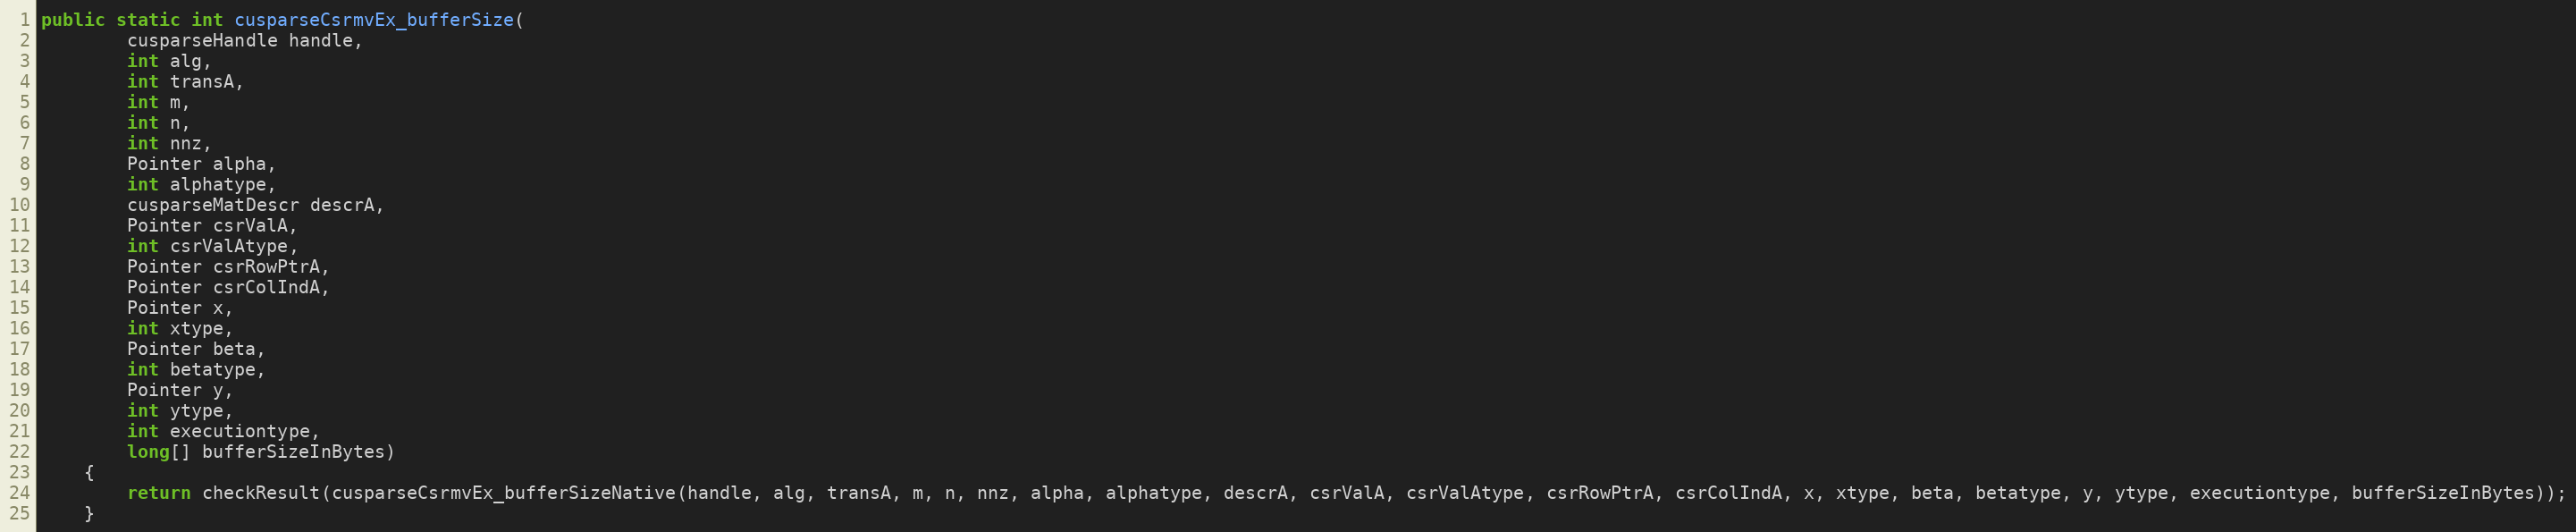
Language: Java
public static int cusparseCsrmvEx_bufferSize(
        cusparseHandle handle,
        int alg,
        int transA,
        int m,
        int n,
        int nnz,
        Pointer alpha,
        int alphatype,
        cusparseMatDescr descrA,
        Pointer csrValA,
        int csrValAtype,
        Pointer csrRowPtrA,
        Pointer csrColIndA,
        Pointer x,
        int xtype,
        Pointer beta,
        int betatype,
        Pointer y,
        int ytype,
        int executiontype,
        long[] bufferSizeInBytes)
    {
        return checkResult(cusparseCsrmvEx_bufferSizeNative(handle, alg, transA, m, n, nnz, alpha, alphatype, descrA, csrValA, csrValAtype, csrRowPtrA, csrColIndA, x, xtype, beta, betatype, y, ytype, executiontype, bufferSizeInBytes));
    }